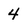
Character: 4